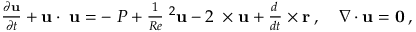
\begin{array} { r } { \frac { \partial { \bf { u } } } { \partial t } + { \bf { u } } \cdot { \bf { \nabla u } } = - { \bf { \nabla } } P + \frac { 1 } { R e } { \bf { \nabla } } ^ { 2 } { \bf { u } } - 2 { \bf { \Omega } } \times { \bf { u } } + \frac { d { \bf { \Omega } } } { d t } \times { \bf { r } } \: , \quad \nabla \cdot \bf { u } = 0 \: , } \end{array}